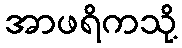
အာဖရိကသို့